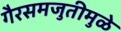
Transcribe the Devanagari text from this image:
गैरसमजुतीमुळे